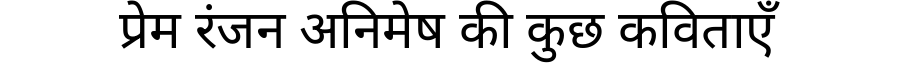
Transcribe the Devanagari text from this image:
प्रेम रंजन अनिमेष की कुछ कविताएँ